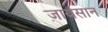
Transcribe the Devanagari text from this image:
ज़ायसान